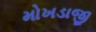
મોખડાજી